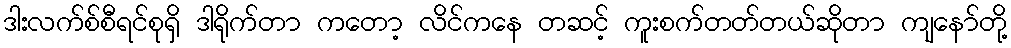
ဒါးလက်စ်စီရင်စုရှိ ဒါရိုက်တာ ကတော့ လိင်ကနေ တဆင့် ကူးစက်တတ်တယ်ဆိုတာ ကျနော်တို့